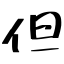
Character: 但